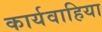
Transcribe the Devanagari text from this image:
कार्यवाहिया